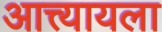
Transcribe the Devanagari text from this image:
आत्त्यायला